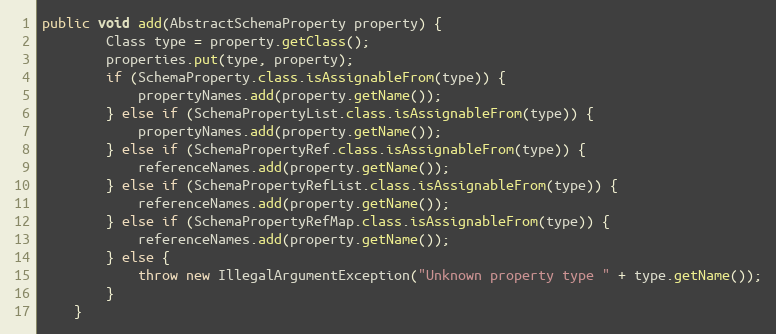
Language: Java
public void add(AbstractSchemaProperty property) {
        Class type = property.getClass();
        properties.put(type, property);
        if (SchemaProperty.class.isAssignableFrom(type)) {
            propertyNames.add(property.getName());
        } else if (SchemaPropertyList.class.isAssignableFrom(type)) {
            propertyNames.add(property.getName());
        } else if (SchemaPropertyRef.class.isAssignableFrom(type)) {
            referenceNames.add(property.getName());
        } else if (SchemaPropertyRefList.class.isAssignableFrom(type)) {
            referenceNames.add(property.getName());
        } else if (SchemaPropertyRefMap.class.isAssignableFrom(type)) {
            referenceNames.add(property.getName());
        } else {
            throw new IllegalArgumentException("Unknown property type " + type.getName());
        }
    }